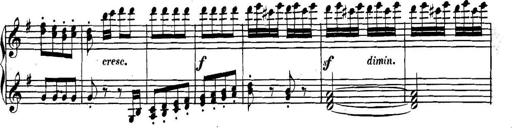
Title: Collected Piano Sonatas
Composer: Muzio Clementi